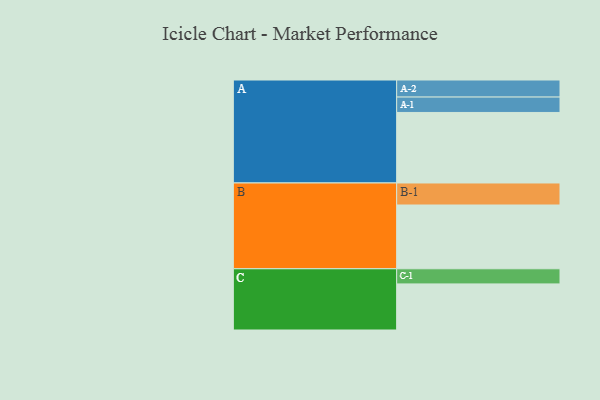
{"axis": {"x": "Segment", "y": "Value"}, "legend": ["", "A", "B", "C"], "data": [{"x": "A", "y": 554, "type": ""}, {"x": "B", "y": 501, "type": ""}, {"x": "C", "y": 362, "type": ""}, {"x": "A-1", "y": 121, "type": "A"}, {"x": "A-2", "y": 134, "type": "A"}, {"x": "B-1", "y": 173, "type": "B"}, {"x": "C-1", "y": 119, "type": "C"}]}